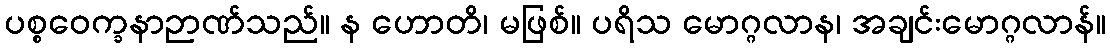
ပစ္စဝေက္ခနာဉာဏ်သည်။ န ဟောတိ၊ မဖြစ်။ ပရိသ မောဂ္ဂလာန၊ အချင်းမောဂ္ဂလာန်။